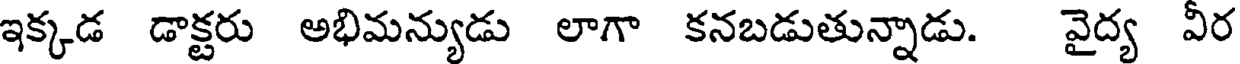
ఇక్కడ డాక్టరు అభిమన్యుడు లాగా కనబడుతున్నాడు. వైద్య వీర